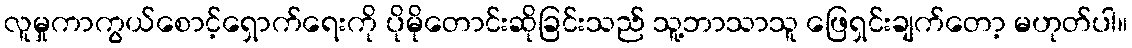
လူမှုကာကွယ်စောင့်ရှောက်ရေးကို ပိုမိုတောင်းဆိုခြင်းသည် သူ့ဘာသာသူ ဖြေရှင်းချက်တော့ မဟုတ်ပါ။